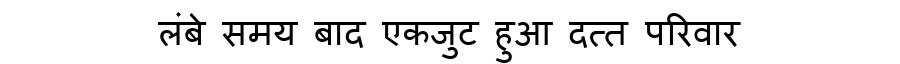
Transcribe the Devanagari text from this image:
लंबे समय बाद एकजुट हुआ दत्त परिवार